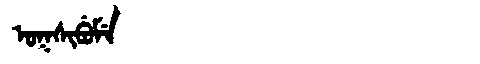
Manchu: ᠣᡴᠰᡳᠪᡠᠮᡝ
Romanization: OKSIBUME